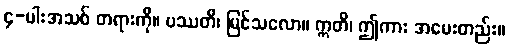
၄-ပါးအသစ် တရားကို။ ပဿတိ၊ မြင်သလော။ ဣတိ၊ ဤကား အမေးတည်း။